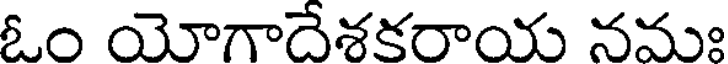
ఓం యోగాదేశకరాయ నమః